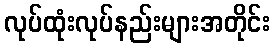
လုပ်ထုံးလုပ်နည်းများအတိုင်း